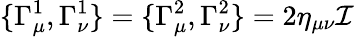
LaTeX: \{ \Gamma_{\mu}^{1},\Gamma_{\nu}^{1}\} =\{ \Gamma_{\mu}^{2},\Gamma_{\nu}^{2}\} =2\eta_{\mu\nu}\mathcal{I}